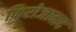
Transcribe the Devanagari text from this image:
फ़िरोजाबाद